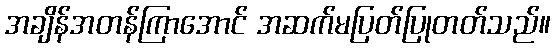
အချိန်အတန်ကြာအောင် အဆက်မပြတ်ပြုတတ်သည်။